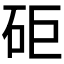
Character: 𥑭